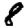
Digit: 8